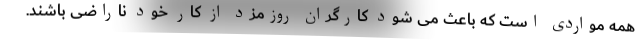
همه مواردی است که باعث می شود کارگران روزمزد از کار خود ناراضی باشند.